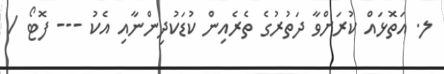
ލ. އަތޮޅައް ކުރަށްވާ ދަތުރުގެ ތެރެއިން ކުޑަކުދިންނާއި އެކު --- ފޮޓޯ /